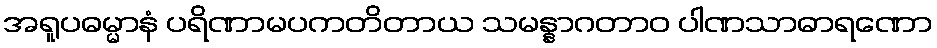
အရူပဓမ္မာနံ ပရိဏာမပကတိတာယ သမန္နာဂတာဝ ပါဏသာဓာရဏော